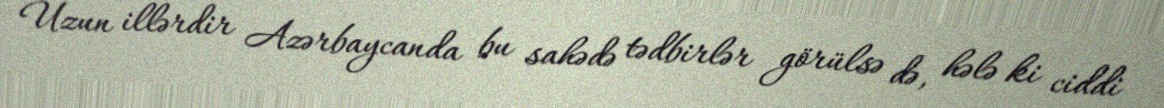
Uzun illərdir Azərbaycanda bu sahədə tədbirlər görülsə də, hələ ki ciddi